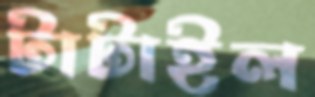
টাটাইল